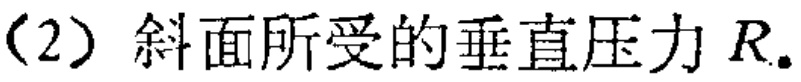
（2）斜面所受的垂直压力 \(R\)。